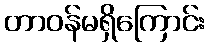
တာဝန်မရှိကြောင်း